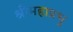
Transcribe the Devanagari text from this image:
श्रीमहाप्रभु